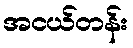
အငယ်တန်း